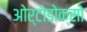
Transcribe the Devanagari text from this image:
ओर्टोडोक्सो